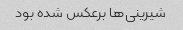
شیرینی‌ها برعکس شده بود